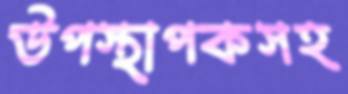
উপস্থাপকসহ